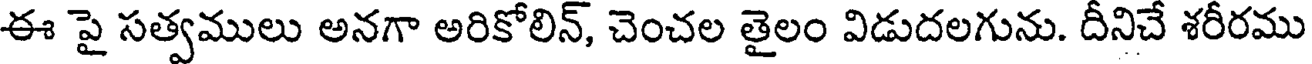
ఈ పై సత్వములు అనగా అరికోలిన్, చెంచల తైలం విడుదలగును. దీనిచే శరీరము